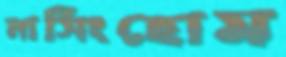
নার্সিংহোম